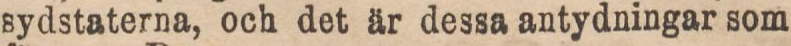
sydstaterna, och det är dessa antydningar som